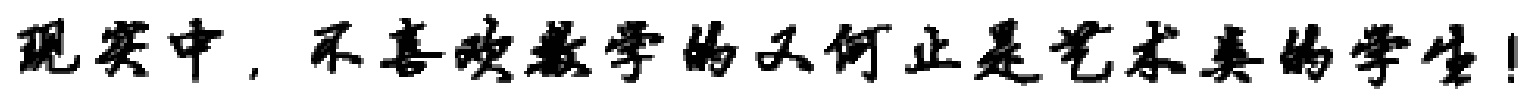
现实中，不喜欢数学的又何止是艺术类的学生！